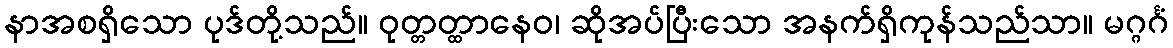
နာအစရှိသော ပုဒ်တို့သည်။ ဝုတ္တတ္ထာနေဝ၊ ဆိုအပ်ပြီးသော အနက်ရှိကုန်သည်သာ။ မဂ္ဂင်္ဂံ